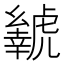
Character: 𬟲